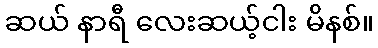
ဆယ် နာရီ လေးဆယ့်ငါး မိနစ်။